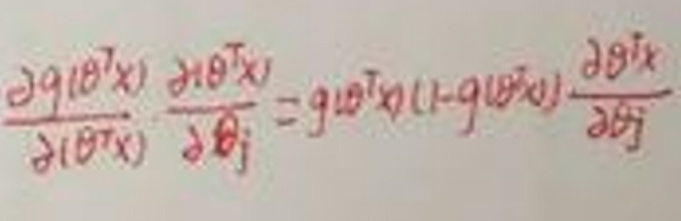
$\frac{\partial g(\theta^T x)}{\partial (\theta^T x)} \cdot \frac{\partial (\theta^T x)}{\partial \theta_j} = g(\theta^T x)(1 - g(\theta^T x))\frac{\partial (\theta^T x)}{\partial \theta_j}$